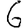
Digit: 6